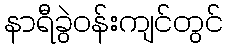
နာရီခွဲဝန်းကျင်တွင်